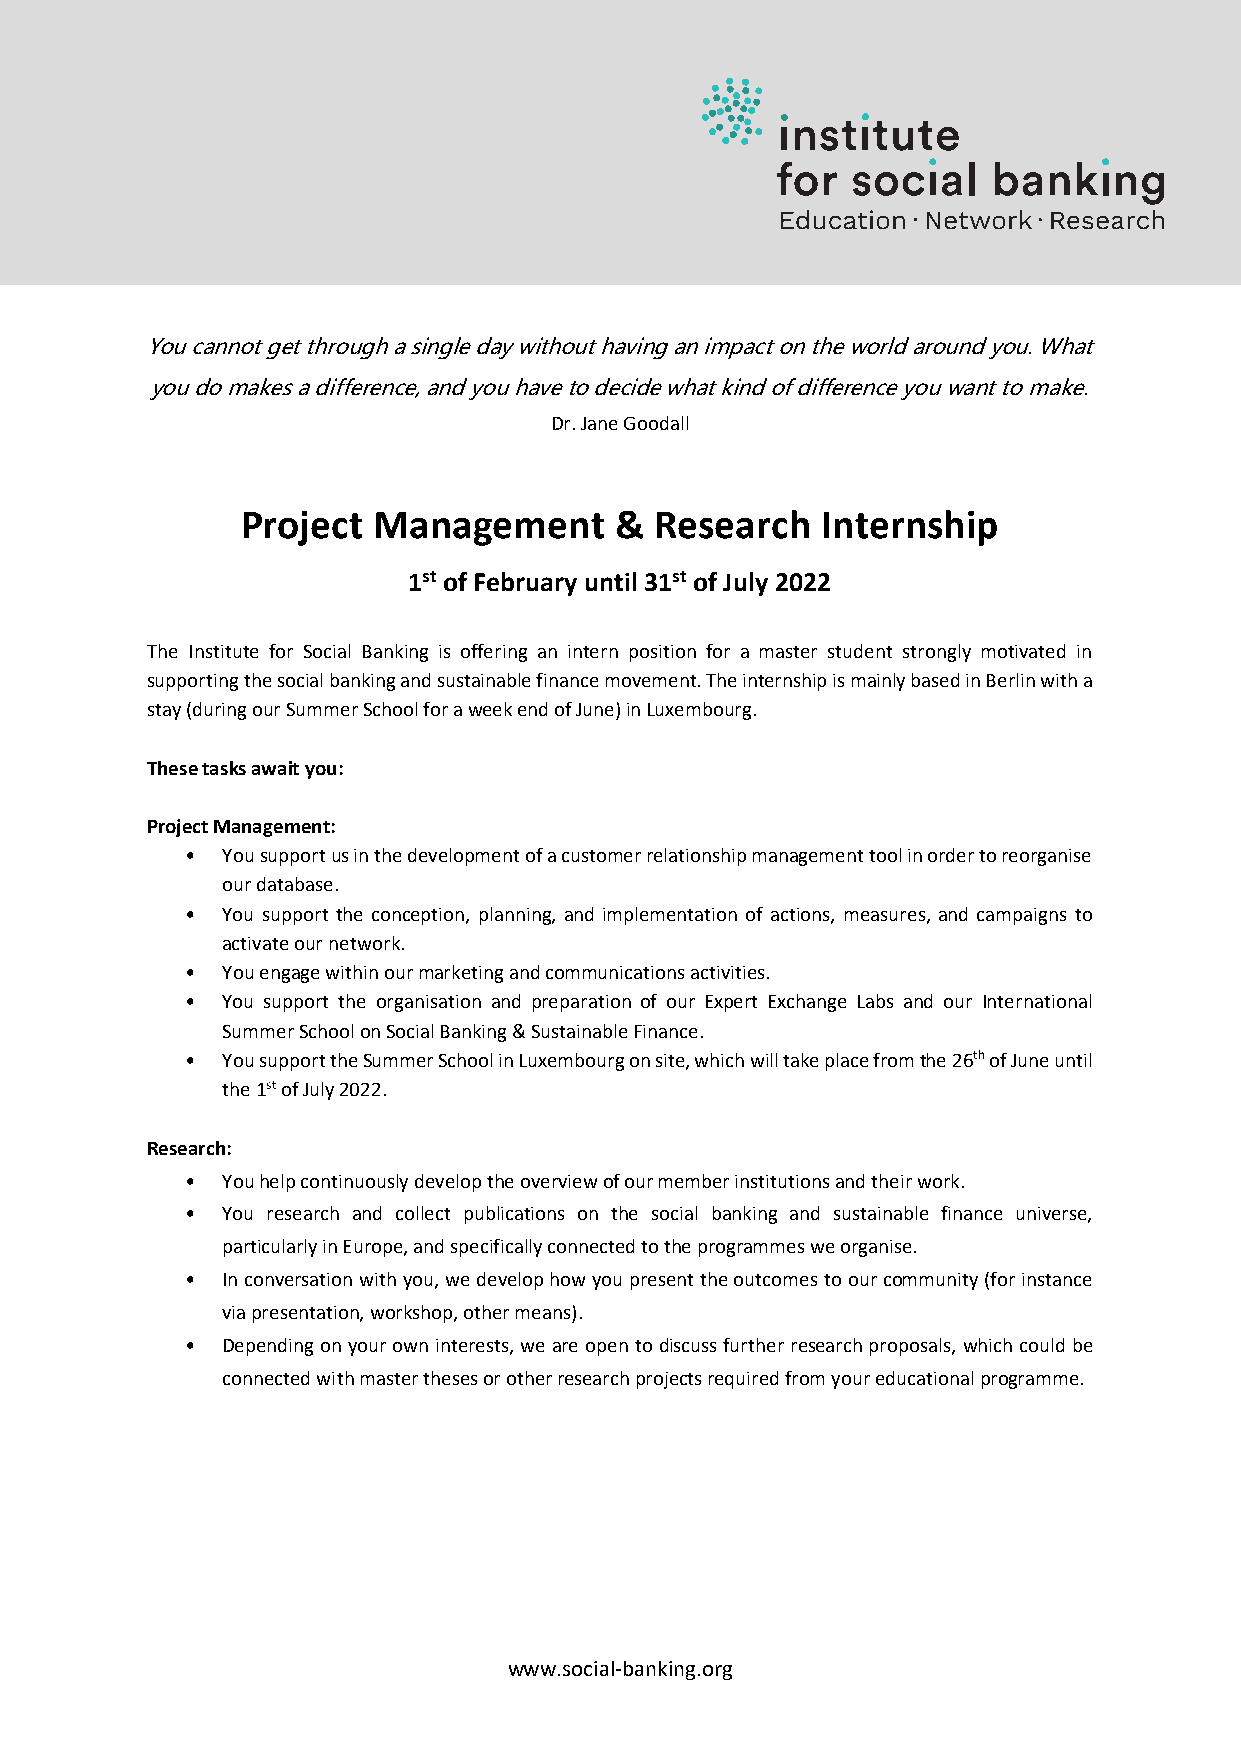
You cannot get through a single day without having an impact on the world around you. What
 you do makes a difference, and you have to decide what kind of difference you want to make.
 Dr. Jane Goodall
 Project  Management      & Research   Internship
 1st of February until 31st of July 2022
 The Institute for Social Banking is offering an intern position for a master student strongly motivated in
 supporting the social banking and sustainable finance movement. The internship is mainly based in Berlin with a
 stay (during our Summer School for a week end of June) in Luxembourg.
 These tasks await you:
 Project Management:
 •  You support us in the development of a customer relationship management tool in order to reorganise
 our database.
 •  You support the conception, planning, and implementation of actions, measures, and campaigns to
 activate our network.
 •  You engage within our marketing and communications activities.
 •  You support the organisation and preparation of our Expert Exchange Labs and our International
 Summer School on Social Banking & Sustainable Finance.
 •  You support the Summer School in Luxembourg on site, which will take place from the 26th of June until
 the 1st of July 2022.
 Research:
 •  You help continuously develop the overview of our member institutions and their work.
 •  You research and collect publications on the social banking and sustainable finance universe,
 particularly in Europe, and specifically connected to the programmes we organise.
 •  In conversation with you, we develop how you present the outcomes to our community (for instance
 via presentation, workshop, other means).
 •  Depending on your own interests, we are open to discuss further research proposals, which could be
 connected with master theses or other research projects required from your educational programme.
 www.social-banking.org